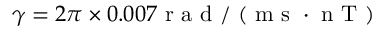
\gamma = 2 \pi \times 0 . 0 0 7 \mathrm { ~ r ~ a ~ d ~ / ~ ( ~ m ~ s ~ } \cdot \mathrm { ~ n ~ T ~ ) ~ }